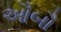
ઔબૌ